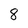
Character: 8